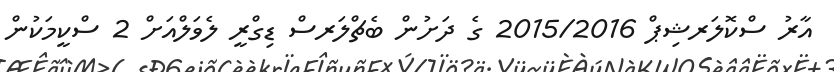
އާރު ސްކޮލަރޝިޕް 2015/2016 ގެ ދަށުން ބެޗްލަރސް ޑިގްރީ ލެވަލްއަށް 2 ސްކީމަކުން